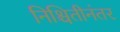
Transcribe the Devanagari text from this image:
निश्चितीनंतर